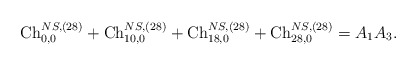
\begin{align*}{\rm Ch}_{0,0}^{NS,(28)}+{\rm Ch}_{10,0}^{NS,(28)}+{\rm Ch}_{18,0}^{NS,(28)}+{\rm Ch}_{28,0}^{NS,(28)}=A_1A_3.\end{align*}